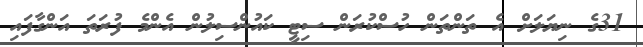
31ގެ ނިޔަލަށް އެ ތަންތަން ހުސްކުރަން ސިޓީ ކައުންސިލުން އެންމެ ފުރަތަ އަންގާފައި